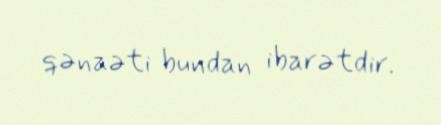
qənaəti bundan ibarətdir.